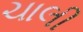
ચાલી